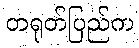
တရုတ်ပြည်က